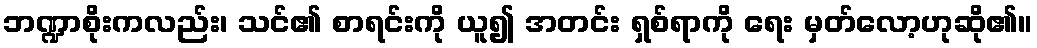
ဘဏ္ဍာစိုးကလည်း၊ သင်၏ စာရင်းကို ယူ၍ အတင်း ရှစ်ရာကို ရေး မှတ်လော့ဟုဆို၏။